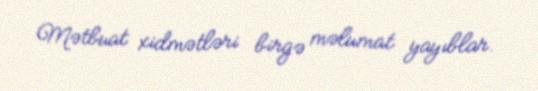
Mətbuat xidmətləri birgə məlumat yayıblar.